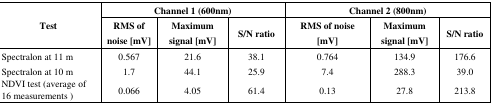
<table><thead><tr><td rowspan="3"><b>Test</b></td><td colspan="3"><b>Channel 1 (600nm)</b></td><td colspan="3"><b>Channel 2 (800nm)</b></td></tr><tr><td><b>RMS of noise [mV]</b></td><td><b>Maximum signal [mV]</b></td><td><b>S/N ratio</b></td><td><b>RMS of noise [mV]</b></td><td><b>Maximum signal [mV]</b></td><td><b>S/N ratio</b></td></tr></thead><tbody><tr><td>Spectralon at 11 m</td><td>0.567</td><td>21.6</td><td>38.1</td><td>0.764</td><td>134.9</td><td>176.6</td></tr><tr><td>Spectralon at 10 m</td><td>1.7</td><td>44.1</td><td>25.9</td><td>7.4</td><td>288.3</td><td>39.0</td></tr><tr><td>NDVI test (average of 16 measurements)</td><td>0.066</td><td>4.05</td><td>61.4</td><td>0.13</td><td>27.8</td><td>213.8</td></tr></tbody></table>